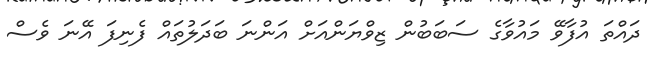
ދައްތަ އުފާވޭ މައުވާގެ ސަބަބުން ޒިވްޔަންއަށް އަންނަ ބަދަލުތައް ފެނިފަ އޭނަ ވެސް